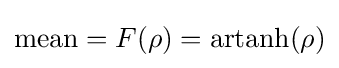
{\text{mean}}=F(\rho )=\operatorname {artanh} (\rho )